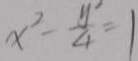
x ^ { 7 } - \frac { y ^ { \prime } } { 4 } = 1